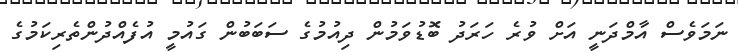
ނަމަވެސް އާމްދަނީ އަށް ވުރެ ހަރަދު ބޮޑުވަމުން ދިއުމުގެ ސަބަބުން ގައުމީ އުފެއްދުންތެރިކަމުގެ